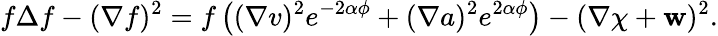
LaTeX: f\Delta f-(\nabla f)^{2}=f\left((\nabla v)^{2}e^{-2\alpha\phi}+(\nabla a)^{2}e^{2\alpha\phi}\right)-(\nabla\chi+{\mathbf w})^{2}.